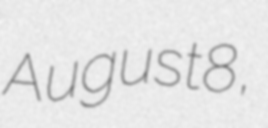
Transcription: August 8,